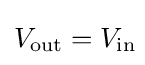
V_{\text{out}}=V_{\text{in}}\!